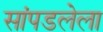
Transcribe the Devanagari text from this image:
सांपडलेला